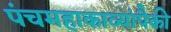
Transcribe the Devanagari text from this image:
पंचमहाकाव्यांपैकी